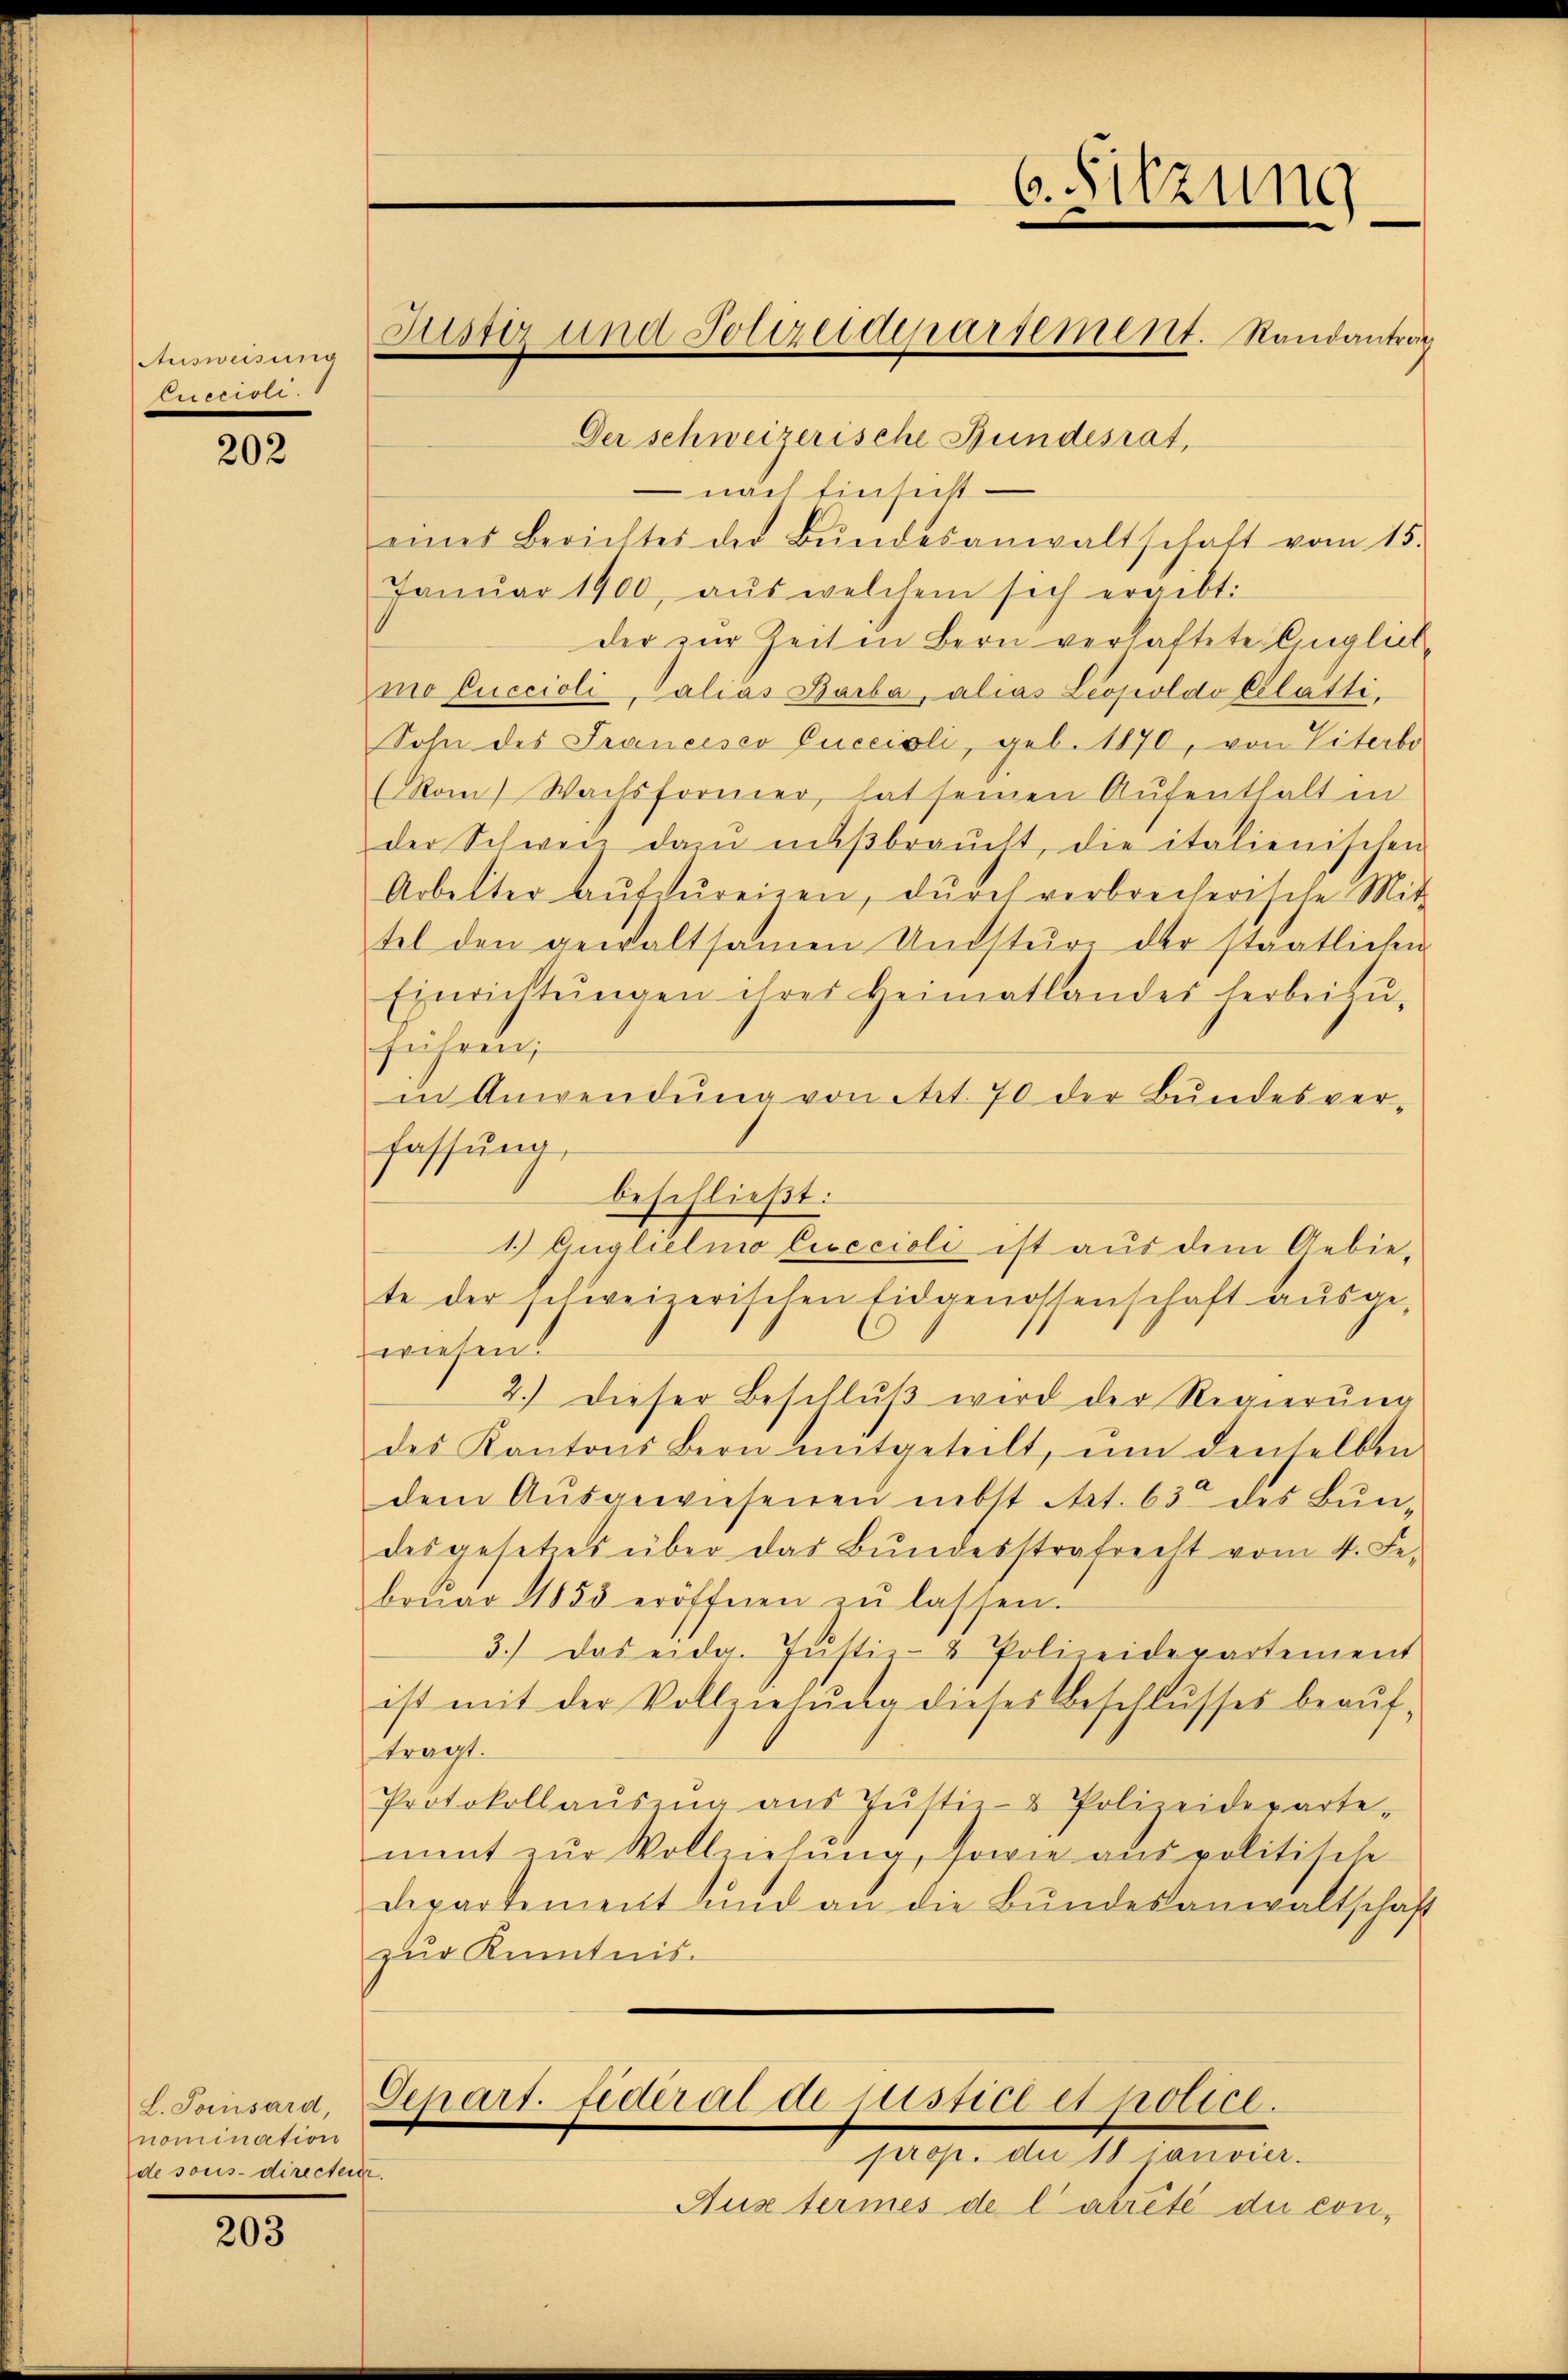
Ausweisung
Cuccioli.

202

L. Poisard,
nomination
de sons-directeur.

203

6. Sitzung
.
-
Gusser und Polizeideparsement. Randantrag
Der schweizerische Bundesrat,

nach Einsicht
eines Berichtes der Bŭndesanwaltschaft vom 15.
Janŭar 1900, aŭs welchem sich ergibt:
der zur Zeit in Bern verhaftete Englich-
mo Cuccioli, Calias Barba, alias Leopoldo Blatti.
Sohn des Francesco Cuccioli, geb. 1870, von Literbo
(Rom) Wachsformer, hat seinen Aufenthalt in
der Schweiz dan niβbraŭcht, die italienischen
Arbeiter aŭfzŭreizen, dŭrch verbrecherische Mit-
tel den gewaltsamen Umsturz der staatliche
Einrichtŭngen ihres Heimatlandes herbeizŭ-
führen;
in Anwendung von Art. 70 der Bundesver-
fassung,
beschließt:
1. Auglielmo Cisecioli ist aus dem Gebiete der schweizerischen Eidgenossenschaft aŭsge-
wiesen.
2.) Dieser Beschlŭβ wird der Regierung
des Kantons Bern mitgeteilt, ŭm denselben
dem Aŭsgewiesenen nebst Art. 63 des Bun-
desgesetzes über das Bundesstrafrecht vom 4. Fe
brŭar 1855 eröffnen in lassen.
3.) Das eidg. Instiz- & Polizeidepartement
ist mit der Vollziehŭng dieses Beschlŭsses beaŭf-
tragt.
Protokollaŭszŭg aŭs Jŭstiz- & Polizeideparte-
ment zŭr Vollziehŭng, sowie aus politische
departement und an die Bŭndesanwaltschaft
zur Kenntnis.

Schart. Lederal de Justice et police.

prop. die 18 janvier.
Auxtermes de l’arreté du con¬